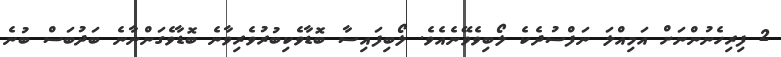
2 ފިރިހެނުންނަށް އަމިއްލަ ނަފްސުދެކެ ލޯބިވެވޭނެއެވެ. ލޯބިފައިސާ ބޮޑާވެކިބުރުވެރިވާނެ ބޮޑާވެގަންނާނެ ބަދުބަސް ބުނެ